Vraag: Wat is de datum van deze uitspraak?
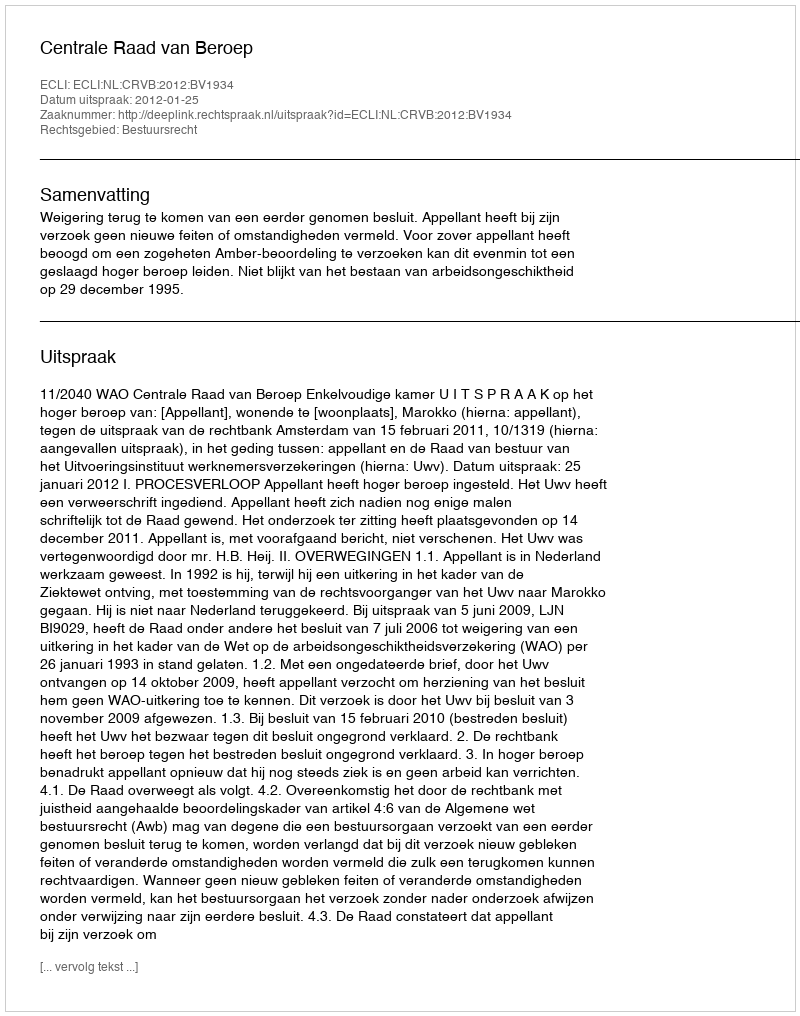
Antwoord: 2012-01-25